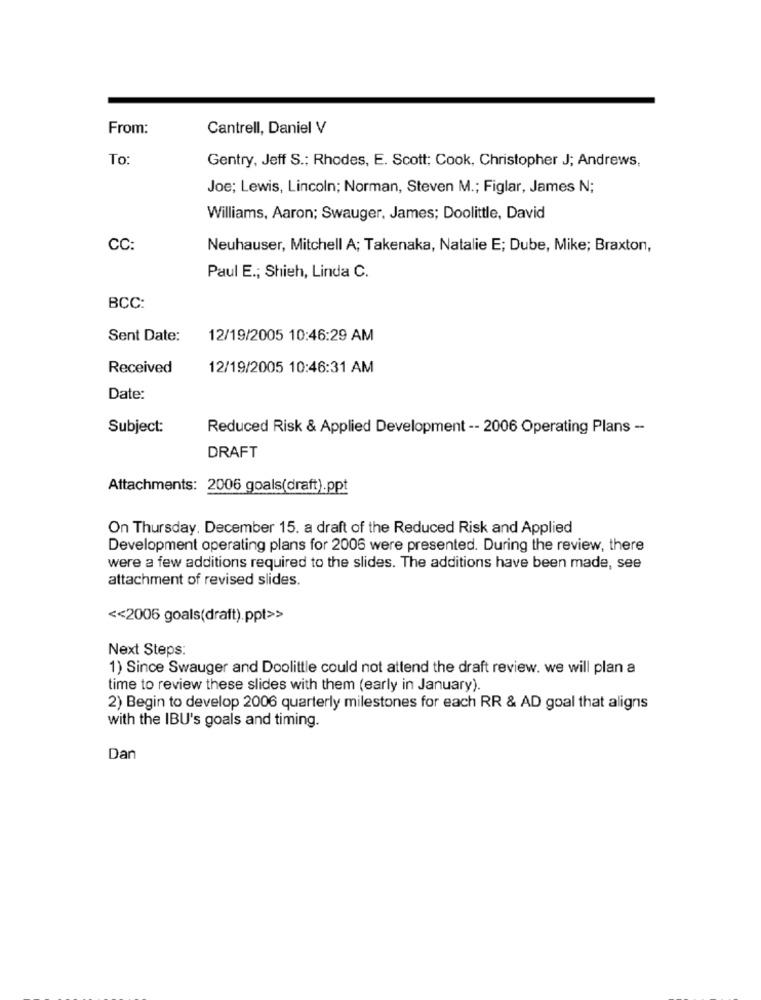
From:
Cantrell, Daniel V
To
Gentry, Jeff S .; Rhodes, E. Scott; Cook, Christopher J; Andrews,
Joe; Lewis, Lincoln; Norman, Steven M .; Figlar, James N;
Williams, Aaron; Swauger. James; Doolittle, David
CC:
Neuhauser, Mitchell A; Takenaka, Natalie E; Dube, Mike; Braxton,
Paul E .; Shieh, Linda C.
BCC:
Sent Date:
12/19/2005 10:46:29 AM
Received
12/19/2005 10:46:31 AM
Date:
Subject:
Reduced Risk & Applied Development -- 2006 Operating Plans -
DRAFT
Attachments: 2006 goals(draft).ppt
On Thursday, December 15. a draft of the Reduced Risk and Applied
Development operating plans for 2006 were presented. During the review, there
were a few additions required to the slides. The additions have been made, see
attachment of revised slides.
<< 2006 goals(draft).ppt>>
Next Steps:
1) Since Swauger and Doolittle could not attend the draft review. we will plan a
time to review these slides with them (early in January).
2) Begin to develop 2006 quarterly milestones for each RR & AD goal that aligns
with the IBU's goals and timing.
Dan